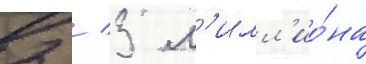
2 / 3 м'илл'ио́на